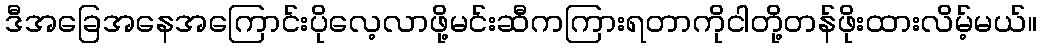
ဒီအခြေအနေအကြောင်းပိုလေ့လာဖို့မင်းဆီကကြားရတာကိုငါတို့တန်ဖိုးထားလိမ့်မယ်။